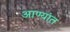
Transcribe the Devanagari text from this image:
आण्यांत